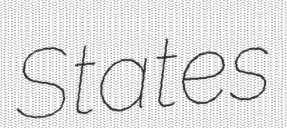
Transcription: States